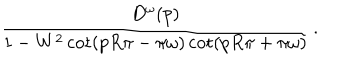
LaTeX: \frac { D ^ { \omega } ( p ) } { 1 - W ^ { 2 } \cot ( p R \pi - \pi \omega ) \cot ( p R \pi + \pi \omega ) } \, .